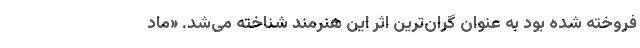
فروخته شده بود به عنوان گران‌ترین اثر این هنرمند شناخته می‌شد. «ماد